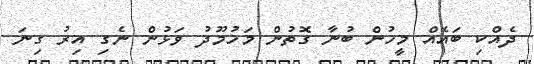
ދެއްކި ބައެއް މީހުން ބުނާ ގޮތުން މަހުމޫދު ވަޅުން ނެގި އިރު ގިނަ